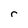
Character: r